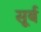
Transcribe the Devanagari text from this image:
सूर्ब